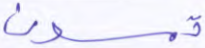
تمسون